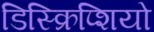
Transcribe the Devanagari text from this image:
डिस्क्रिप्शियो